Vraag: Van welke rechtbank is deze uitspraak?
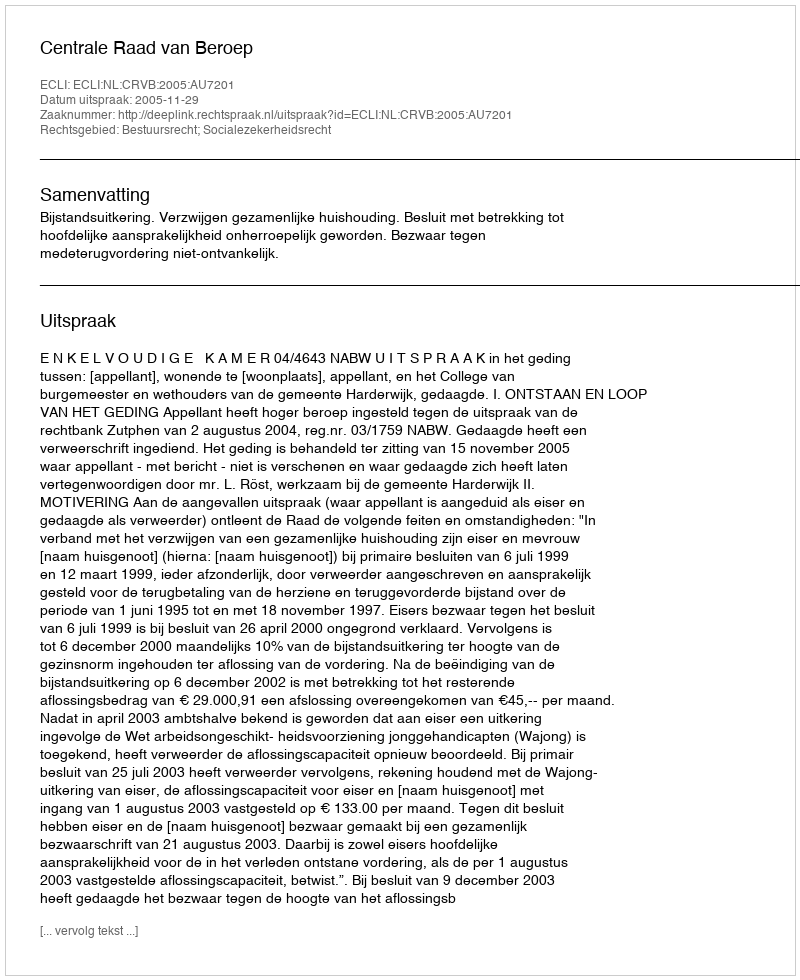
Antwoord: Centrale Raad van Beroep